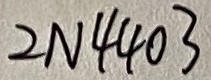
Text: 2N4403